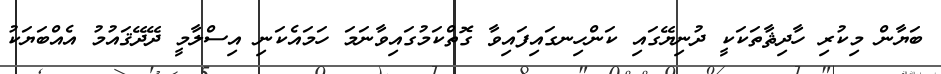
ބަޔާން މިކުރި ހާދިޘާތަކަކީ ދުނިޔޭގައި ކަންހިނގައިފައިވާ ގޮތްކަމުގައިވާނަމަ ހަމައެކަނި އިސްލާމީ ދޭދޭޤައުމު އެއްބަޔަކު